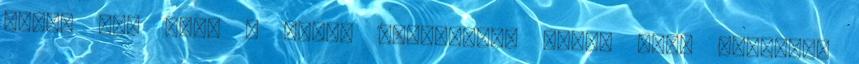
abban is, hogy a Kicsi áprilisban felül majd magától.